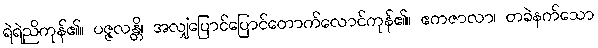
ရဲရဲညိကုန်၏။ ပဇ္ဇလန္တိ၊ အလျှံပြောင်ပြောင်တောက်လောင်ကုန်၏။ ဧကဇာလာ၊ တခဲနက်သော